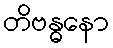
တိဗန္ဓနော